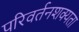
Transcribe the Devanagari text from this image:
परिवर्तनशक्यता